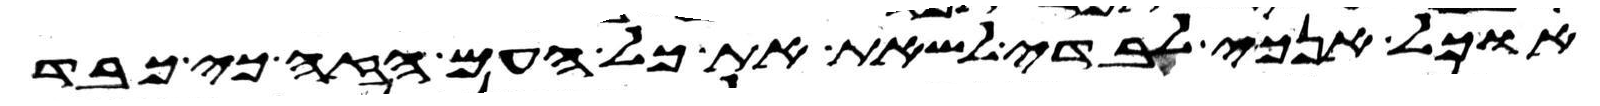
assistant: אוכל אנכי לבדי לשאת את כל העם הזה כי כבד